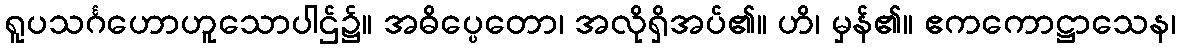
ရူပသင်္ဂဟောဟူသောပါဌ်၌။ အဓိပ္ပေတော၊ အလိုရှိအပ်၏။ ဟိ၊ မှန်၏။ ဧကကောဋ္ဌာသေန၊